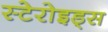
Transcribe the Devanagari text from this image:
स्टेरोइड्स